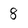
Character: 8